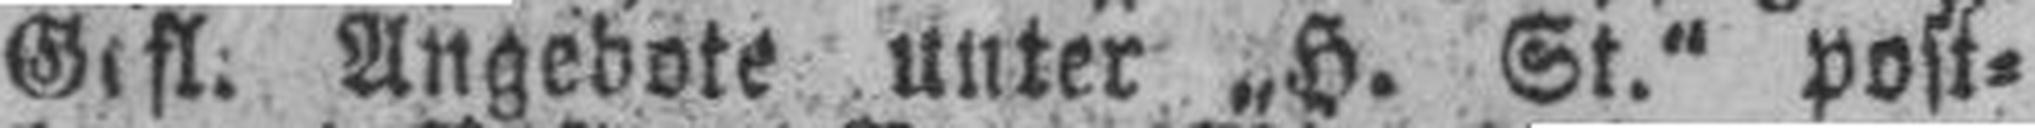
Gefl: Angebote unter „H. St.“ post¬